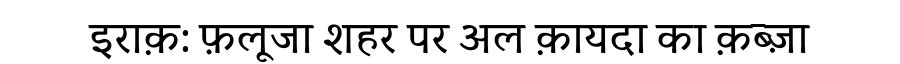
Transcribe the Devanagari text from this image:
इराक़: फ़लूजा शहर पर अल क़ायदा का क़ब्ज़ा